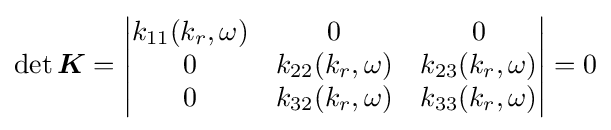
\det {\boldsymbol {K}}={\begin{vmatrix}k_{11}(k_{r},\omega )&0&0\\0&k_{22}(k_{r},\omega )&k_{23}(k_{r},\omega )\\0&k_{32}(k_{r},\omega )&k_{33}(k_{r},\omega )\end{vmatrix}}=0